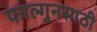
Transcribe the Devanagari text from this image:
फाल्गुनसाठी